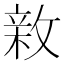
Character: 𢾉